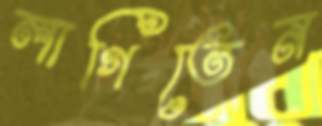
লাগিতেন